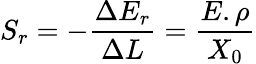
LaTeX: S_{r}=-\frac{\Delta E_{r}}{\Delta L}=\frac{E.\rho}{X_{0}}